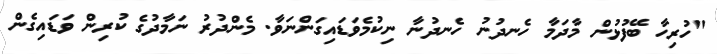
"ހުރިހާ ބޭފުޅުން މާދަމާ ހެނދުނު ހެނދުނާ ނިކުމެވަޑައިގަންނަވާ. މެންދުރު ނަމާދުގެ ކުރިން ވަޑައިގެން